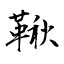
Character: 鞦